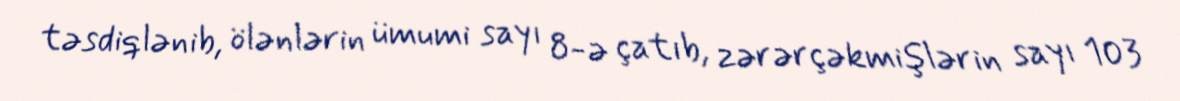
təsdiqlənib, ölənlərin ümumi sayı 8-ə çatıb, zərərçəkmişlərin sayı 103